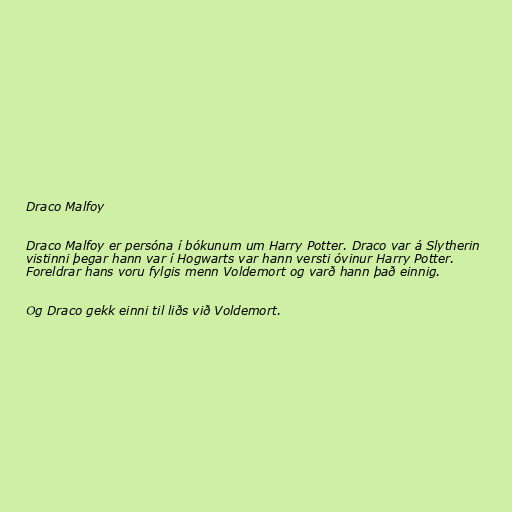
Draco Malfoy

Draco Malfoy er persóna í bókunum um Harry Potter. Draco var á Slytherin
vistinni þegar hann var í Hogwarts var hann versti óvinur Harry Potter.
Foreldrar hans voru fylgis menn Voldemort og varð hann það einnig.

Og Draco gekk einni til liðs við Voldemort.